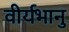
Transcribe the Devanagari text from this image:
वीर्यभानु